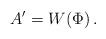
LaTeX: \begin{align*}A^\prime = W\!\left( \Phi\right) .\end{align*}